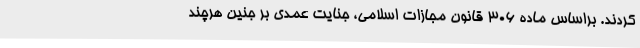
‌کردند. براساس ماده ۳۰۶ قانون مجازات اسلامی، جنایت عمدی بر جنین هرچند